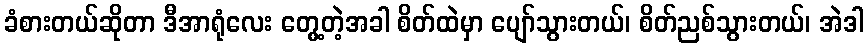
ခံစားတယ်ဆိုတာ ဒီအာရုံလေး တွေ့တဲ့အခါ စိတ်ထဲမှာ ပျော်သွားတယ်၊ စိတ်ညစ်သွားတယ်၊ အဲဒါ